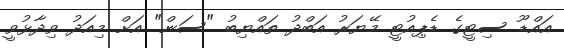
އައްޑޫ ސިޓީގެ ޑެޕިއުޓީ މޭޔަރު އަބްދު ތައްޔިބު "ސަން" އަށް މިއަދު ވިދާޅުވީ